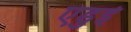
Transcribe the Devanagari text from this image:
एडुई